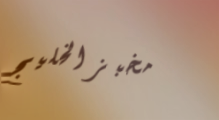
مخبز الخليج